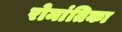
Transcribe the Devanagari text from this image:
रोमांतिका